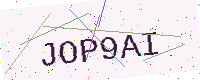
Text: JOP9AI